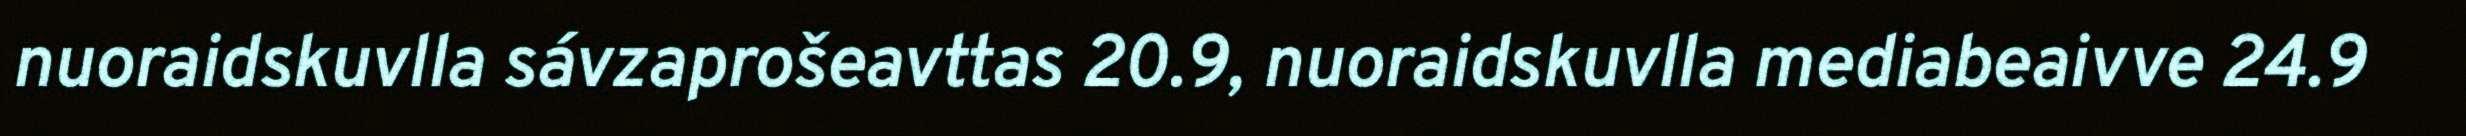
nuoraidskuvlla sávzaprošeavttas 20.9, nuoraidskuvlla mediabeaivve 24.9